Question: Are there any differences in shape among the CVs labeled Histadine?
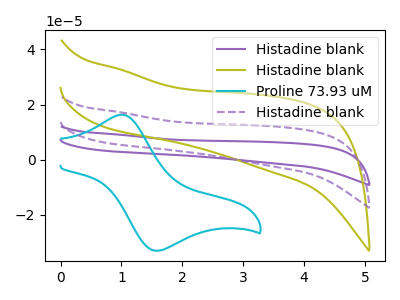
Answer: <think>The purple curve "Histadine blank" has no peaks. The olive curve "Histadine blank" has no peaks. The cyan curve "Proline 73.93 uM" has an anodic peak at (1.00V, 16.35uA) and a cathodic peak at (1.55V, -32.95uA). The purple dashed curve "Histadine blank" has no peaks.
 Neither "Histadine blank" or "Histadine blank" have any peaks. "Histadine blank" and "Proline 73.93 uM" have a different number of peaks. Neither "Histadine blank" or "Histadine blank" have any peaks. "Histadine blank" and "Proline 73.93 uM" have a different number of peaks. Neither "Histadine blank" or "Histadine blank" have any peaks. "Proline 73.93 uM" and "Histadine blank" have a different number of peaks.</think>
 <answer>All the CV's of "Histadine" have similar shape.</answer>
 <eval>follow_rule</eval>